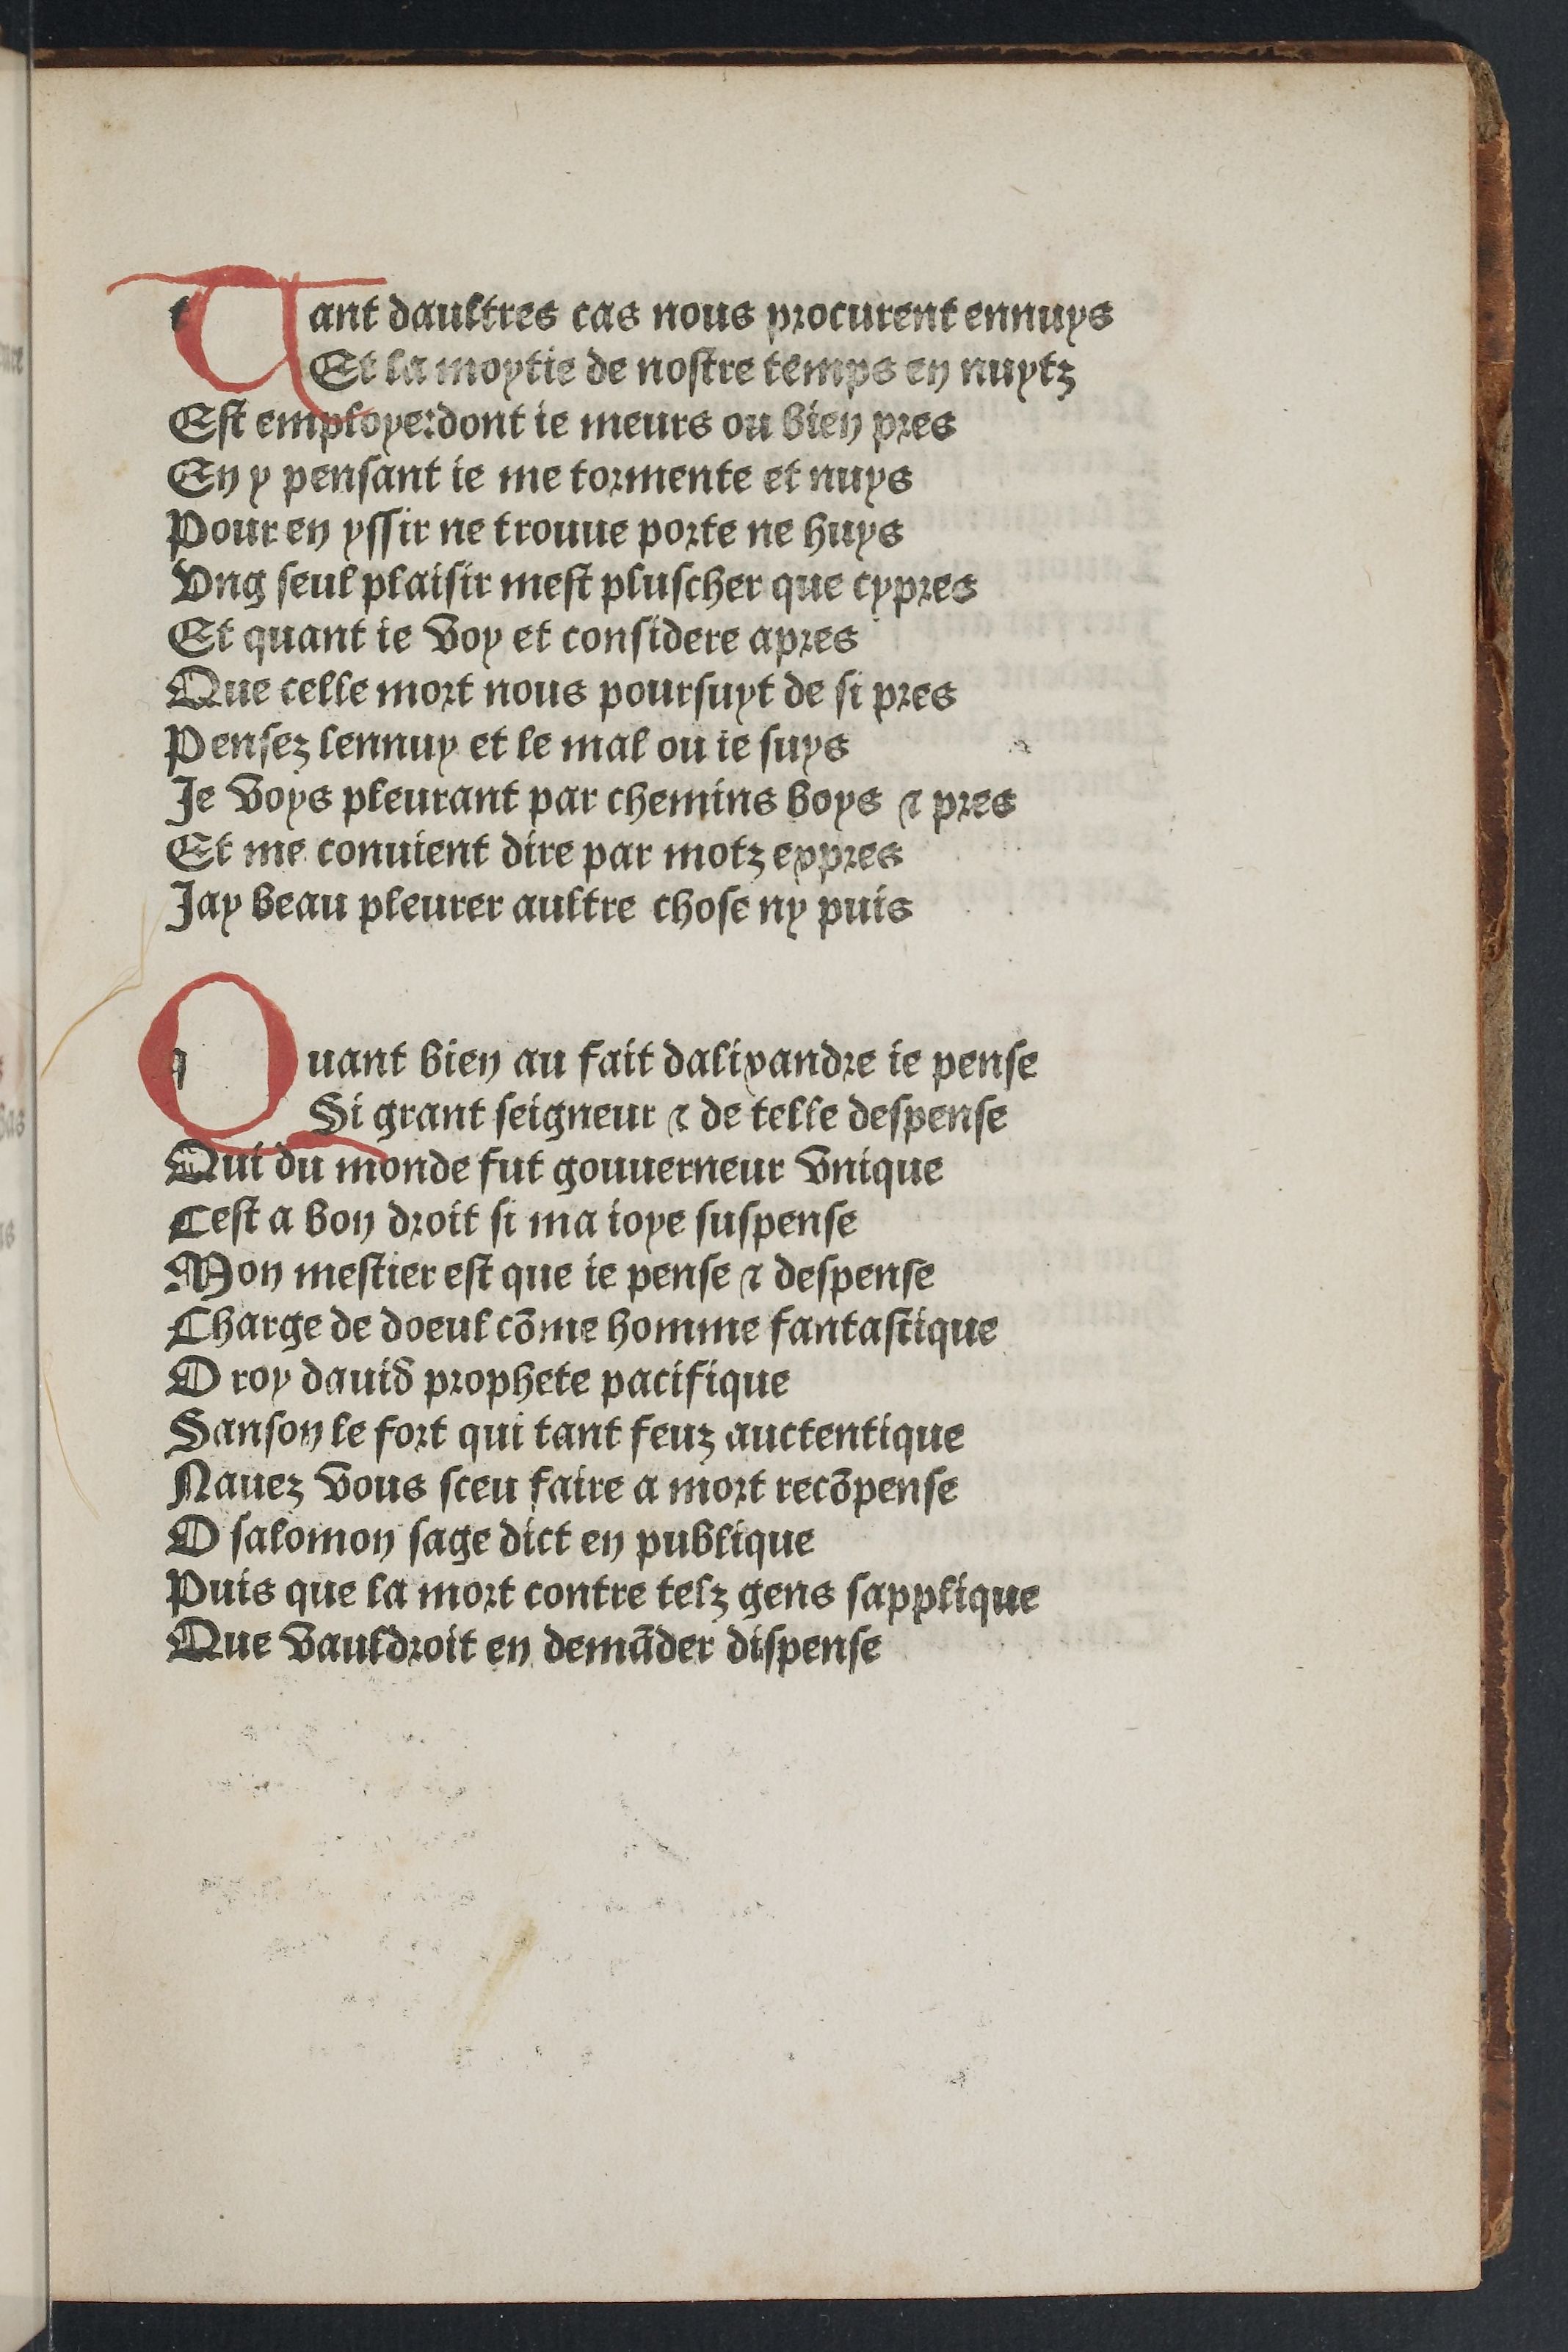
Shelfmark: Paris, BnF, Rés. YE-281
Century: 15